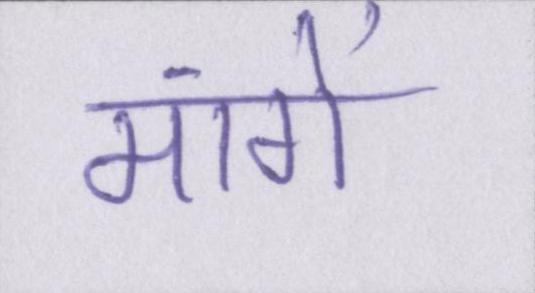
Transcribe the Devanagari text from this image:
मांगें